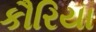
કૌરિયા